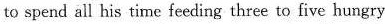
to spend all his time feeding three to five hungry